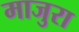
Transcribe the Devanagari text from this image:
माजुरा